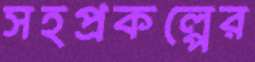
সহপ্রকল্পের